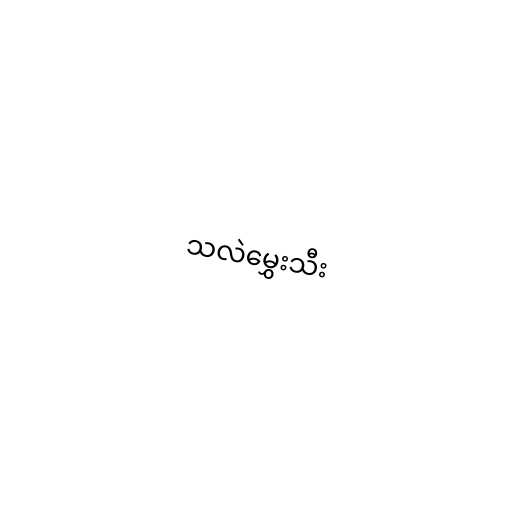
သလဲမွှေးသီး